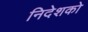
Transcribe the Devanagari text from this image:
निदेशको